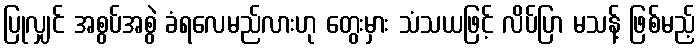
ပြုလျှင် အစွပ်အစွဲ ခံရလေမည်လားဟု တွေးမှား သံသယဖြင့် လိပ်ပြာ မသန့် ဖြစ်မည့်